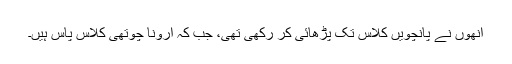
انھوں نے پانچویں کلاس تک پڑھائی کر رکھی تھی، جب کہ ارونا چوتھی کلاس پاس ہیں۔